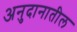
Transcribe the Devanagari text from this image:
अनुदानातील